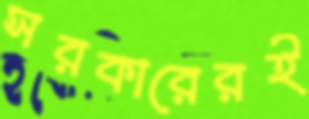
সরকারেরই